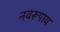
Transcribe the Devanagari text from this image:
नवरूपाय